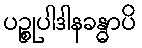
ပဉ္စုပါဒါနခန္ဓာပိ